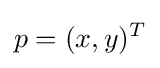
p=(x,y)^{T}